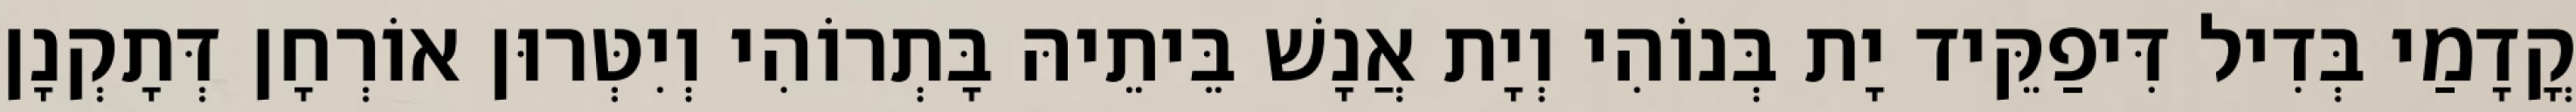
קֳדָמַי בְּדִיל דִּיפַקֵּיד יָת בְּנוֹהִי וְיָת אֲנָשׁ בֵּיתֵיהּ בָּתְרוֹהִי וְיִטְּרוּן אוֹרְחָן דְּתָקְנָן